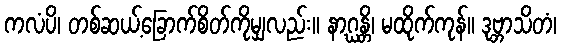
ကလံပိ၊ တစ်ဆယ့်ခြောက်စိတ်ကိုမျှလည်း။ နာဂ္ဃန္တိ၊ မထိုက်ကုန်။ ဒုဗ္ဘာသိတံ၊